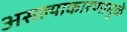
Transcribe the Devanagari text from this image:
असल्याकारणामुळे